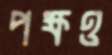
পক্ষও